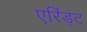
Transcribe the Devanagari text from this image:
एरिंड्ट